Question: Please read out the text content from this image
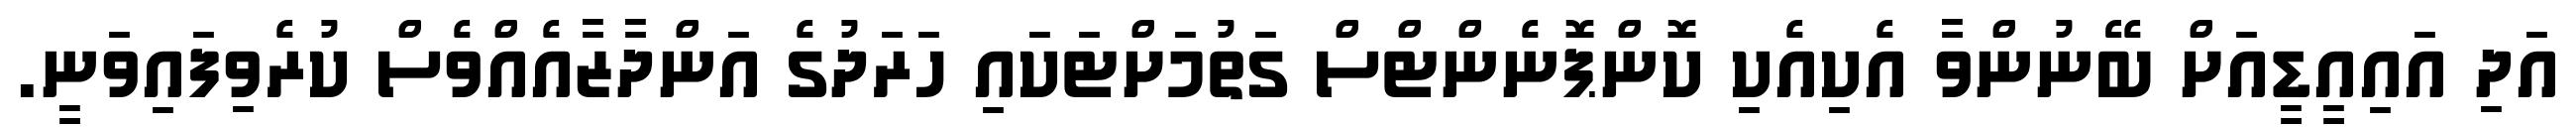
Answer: އަދި އައިއީޑީއަށް ބޭނުންވާ އެކިއެކި ކޮންޕޮނެންޓްސް ގަތުމަށްޓަކައި ހަރަދުގެ އަންދާޒާއެއްވެސް ކުރެވިފައިވަނީ.